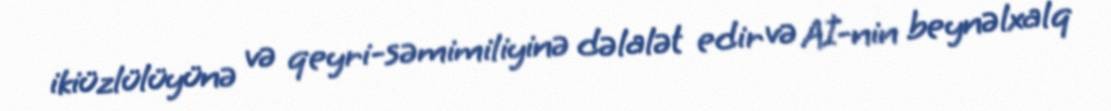
ikiüzlülüyünə və qeyri-səmimiliyinə dəlalət edir və Aİ-nin beynəlxalq